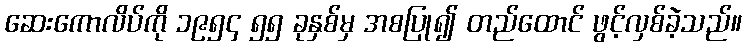
ဆေးကောလိပ်ကို ၁၉၅၄ ၅၅ ခုနှစ်မှ အစပြု၍ တည်ထောင် ဖွင့်လှစ်ခဲ့သည်။